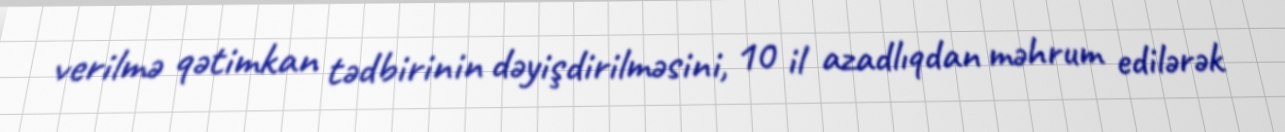
verilmə qətimkan tədbirinin dəyişdirilməsini, 10 il azadlıqdan məhrum edilərək